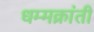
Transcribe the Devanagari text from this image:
धम्मक्रांती